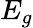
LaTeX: E_{g}